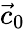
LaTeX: {\vec{c}}_{0}